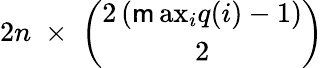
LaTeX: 2n\; \times\; {\binom{2\left(\operatorname*{\mathsf{m}ax}_{i}{q(i)}-1\right)}{2}}